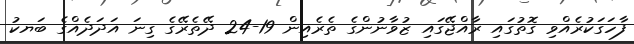
ފާހަގަކުރެއްވި ގޮތުގައި ރާއްޖޭގައި ޒުވާނުންގެ ތެރެއިން 19-24 ދޭތެރޭގެ ގިނަ އަދަދެއްގެ ބަޔކު